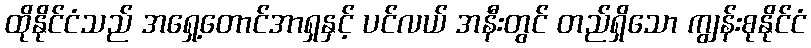
ထိုနိုင်ငံသည် အရှေ့တောင်အာရှနှင့် ပင်လယ် အနီးတွင် တည်ရှိသော ကျွန်းစုနိုင်ငံ